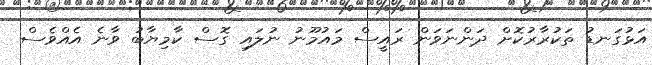
އަޅުގަނޑު ތަކުރާރުކޮށް ދަންނަވަން ރައީސް މައުމޫނު ނުލައި ގޮސް ކާމިޔާބު ވާނެ އެއްވެސް